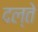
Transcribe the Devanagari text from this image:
दल्ते